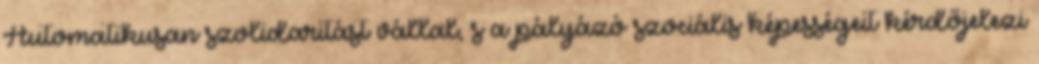
Automatikusan szolidaritást vállal, s a pályázó szociális képességeit kérdőjelezi